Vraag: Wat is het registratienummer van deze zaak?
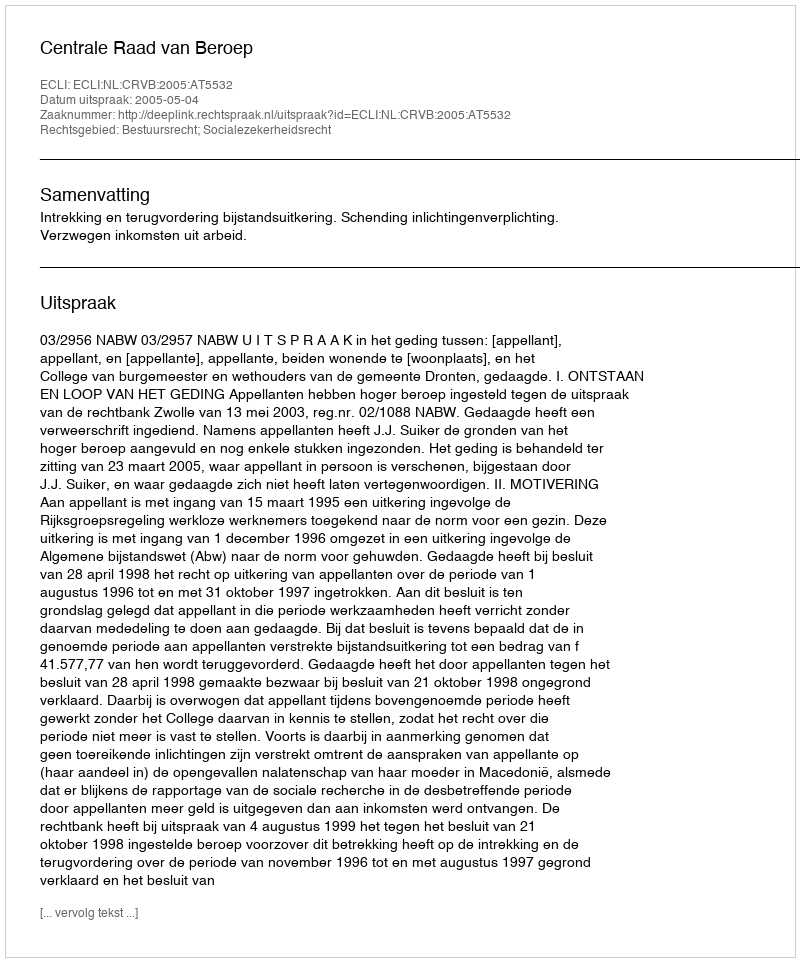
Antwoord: http://deeplink.rechtspraak.nl/uitspraak?id=ECLI:NL:CRVB:2005:AT5532